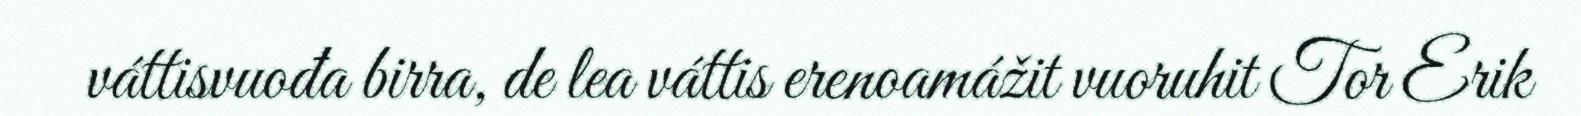
váttisvuođa birra, de lea váttis erenoamážit vuoruhit Tor Erik